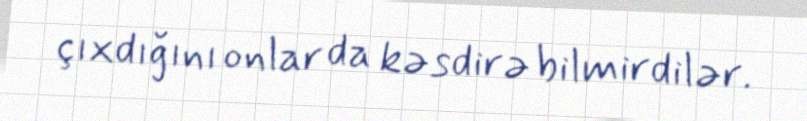
çıxdığını onlar da kəsdirə bilmirdilər.